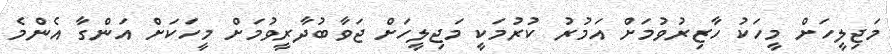
މަޖިލީހަށް މީހަކު ހާޒިރުވުމަށް އަމުރު ކުރުމަކީ މަޖިލީހަށް ޖަވާބުދާރީވުމަށް މީހަކަށް އަންގާ އެންމެ